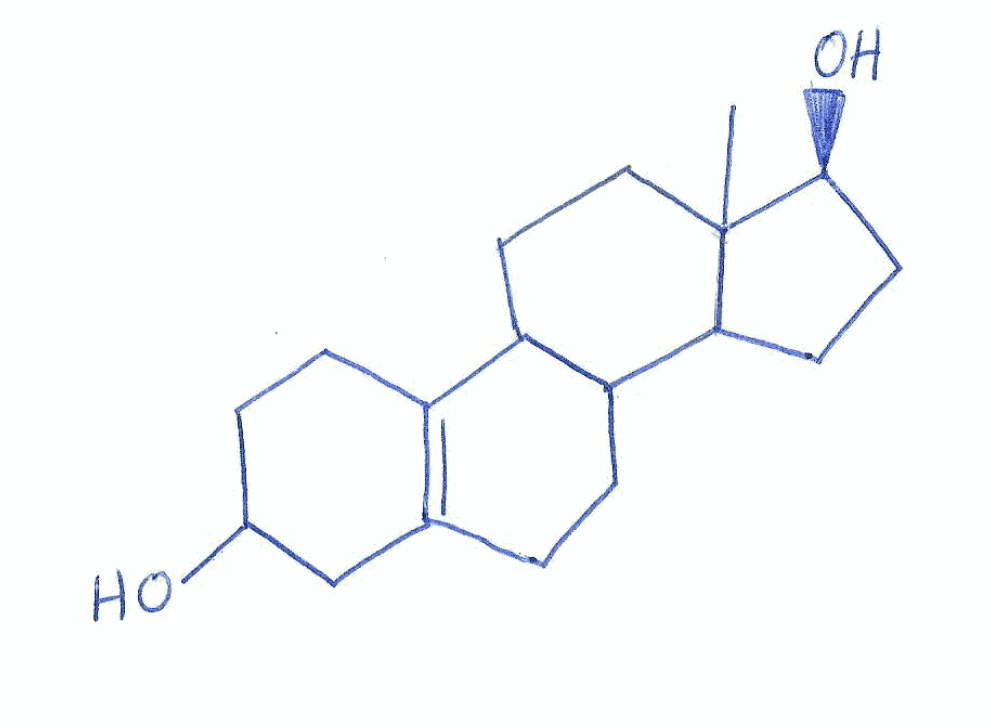
Simplified molecular-input line-entry system (SMILES) notation of the given molecule:
CC12CCC3C(C1CC[C@@H]2O)CCC4=C3CCC(C4)O